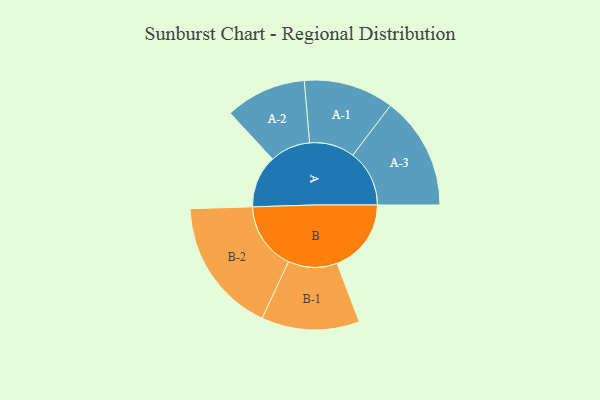
{"axis": {"x": "Segment", "y": "Value"}, "legend": ["", "A", "B"], "data": [{"x": "A", "y": 215, "type": ""}, {"x": "B", "y": 304, "type": ""}, {"x": "A-1", "y": 185, "type": "A"}, {"x": "A-2", "y": 166, "type": "A"}, {"x": "A-3", "y": 232, "type": "A"}, {"x": "B-1", "y": 201, "type": "B"}, {"x": "B-2", "y": 278, "type": "B"}]}